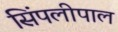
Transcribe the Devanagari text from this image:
सिंपलीपाल